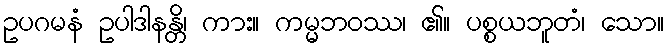
ဥပဂမနံ ဥပါဒါနန္တိ၊ ကား။ ကမ္မဘဝဿ၊ ၏။ ပစ္စယဘူတံ၊ သော။